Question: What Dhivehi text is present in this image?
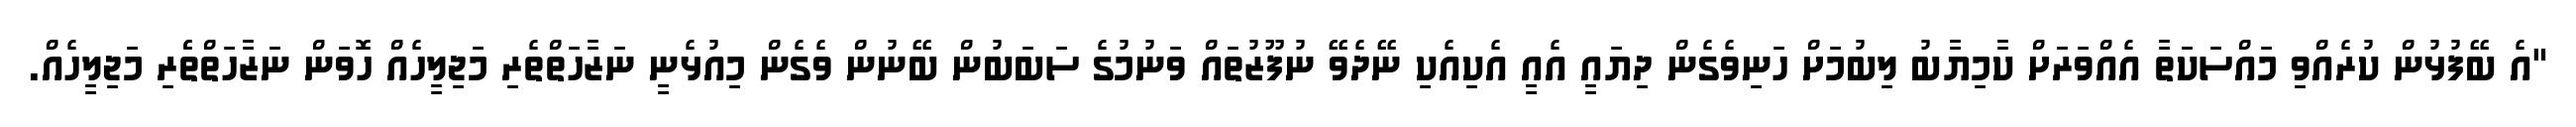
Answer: "އެ ބޭފުޅުން ކުރެއްވި މައްސަކަތާ އެއްވަރަށް ކާމިޔާބު ލިބުމަށް ހަނިވެގެން ދިޔައީ އެއީ އެކިއެކި ނޭދެވޭ ނުފޫޒުތައް ވަނުމުގެ ސަބަބުން ބޭނުން ވެގެން މިއުޅެނީ ނަޒާހަތްތެރި މަޖިލީހެއް ހޮވަން ނަޒާހަތްތެެރި މަޖިލީހެއް.